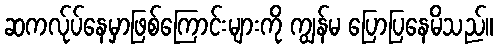
ဆကလ်ုပ်နေမှာဖြစ်ကြောင်းများကို ကျွန်မ ပြောပြနေမိသည်။